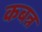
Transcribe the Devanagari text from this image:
कबन्न